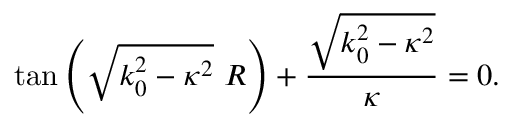
\tan \left( \sqrt { k _ { 0 } ^ { 2 } - \kappa ^ { 2 } } \ R \right) + \frac { \sqrt { k _ { 0 } ^ { 2 } - \kappa ^ { 2 } } } { \kappa } = 0 .